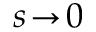
s \! \to \! 0